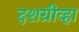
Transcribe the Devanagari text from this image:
दशग्रीव्हा